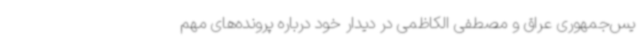
یس‌جمهوری عراق و مصطفی الکاظمی در دیدار خود درباره پرونده‌های مهم